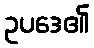
ဥပဒေ၏